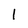
Character: 1